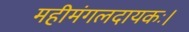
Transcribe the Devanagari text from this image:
महीमंगलदायकः।